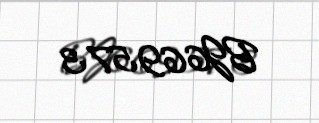
BJ669573